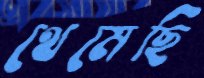
থেমেছি